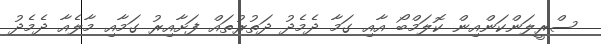
ސްރީލަންކަންއިން ކޮލަމްބޯ އާއި ގަމާ ދެމެދު ދަތުރުތައް ފަށާއިރު ގަމާއި މާލެއާ ދެމެދު